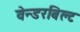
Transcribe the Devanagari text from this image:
वेन्डरबिल्ट